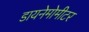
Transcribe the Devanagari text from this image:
डायनेमोमीटर